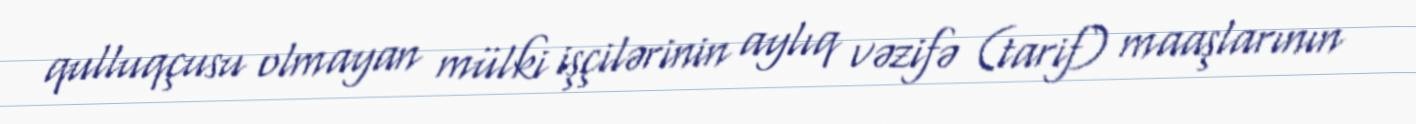
qulluqçusu olmayan mülki işçilərinin aylıq vəzifə (tarif) maaşlarının